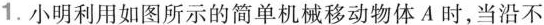
1.小明利用如图所示的简单机械移动物体A时，当沿不